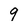
Character: 9